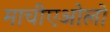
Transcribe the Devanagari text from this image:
माचीएओलो